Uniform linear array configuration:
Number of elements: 48
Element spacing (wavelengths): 0.75
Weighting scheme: blackman
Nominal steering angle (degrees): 15
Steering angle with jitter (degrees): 15.476
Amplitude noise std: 0.05
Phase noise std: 0.05

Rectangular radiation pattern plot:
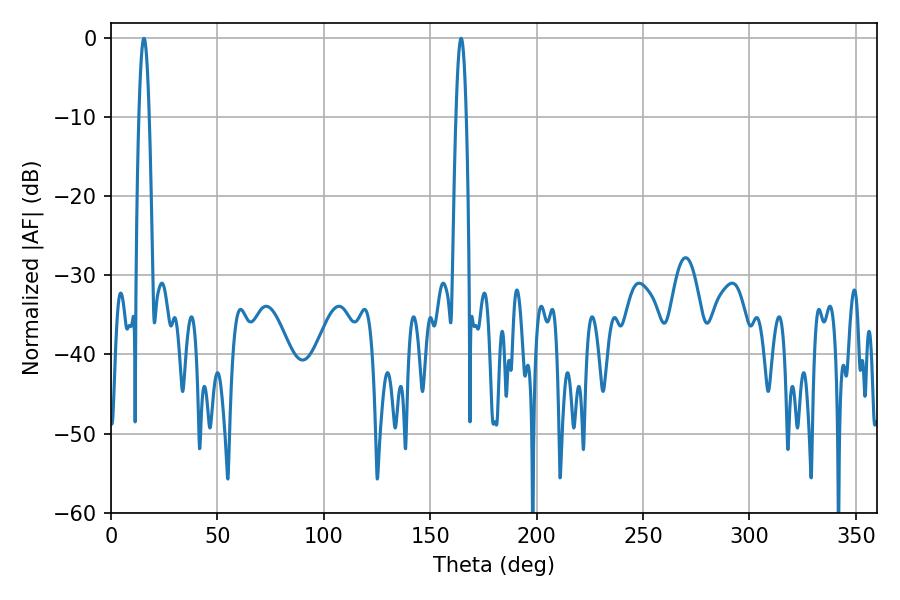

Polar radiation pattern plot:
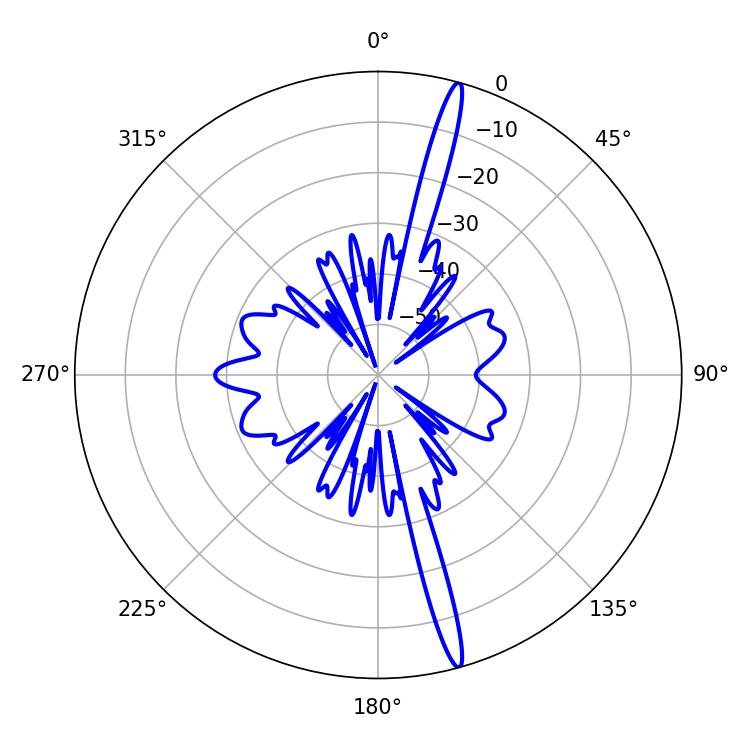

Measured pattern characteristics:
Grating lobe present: TRUE
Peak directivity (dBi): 18.745
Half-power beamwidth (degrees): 2.52
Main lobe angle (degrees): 15.48